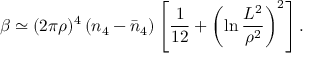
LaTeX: \beta \simeq ( 2 \pi \rho ) ^ { 4 } \left( n _ { 4 } - \bar { n } _ { 4 } \right) \left[ \frac { 1 } { 1 2 } + \left( \ln \frac { L ^ { 2 } } { \rho ^ { 2 } } \right) ^ { 2 } \right] .